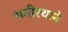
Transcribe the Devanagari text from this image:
भगीरथाने